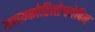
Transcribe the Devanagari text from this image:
ग्लायकोहिमोग्लोबिन